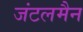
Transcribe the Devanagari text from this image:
जंटलमैन